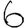
Digit: 6